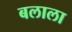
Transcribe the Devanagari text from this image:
बलाला